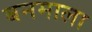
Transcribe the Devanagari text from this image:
बनमाला